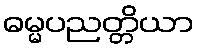
ဓမ္မပညတ္တိယာ